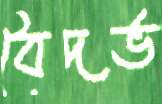
বৈদর্ভ